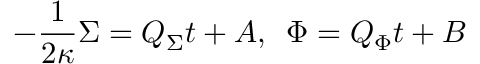
- { \frac { 1 } { 2 \kappa } } \Sigma = Q _ { \Sigma } t + A , \, \, \, \Phi = Q _ { \Phi } t + B